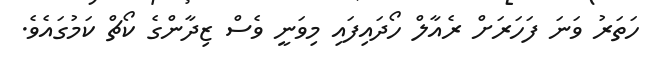
ހަތަރު ވަނަ ފަހަރަށް ރެއާލް ހޯދައިފައި މިވަނީ ވެސް ޒިދާންގެ ކޯޗް ކަމުގައެވެ.